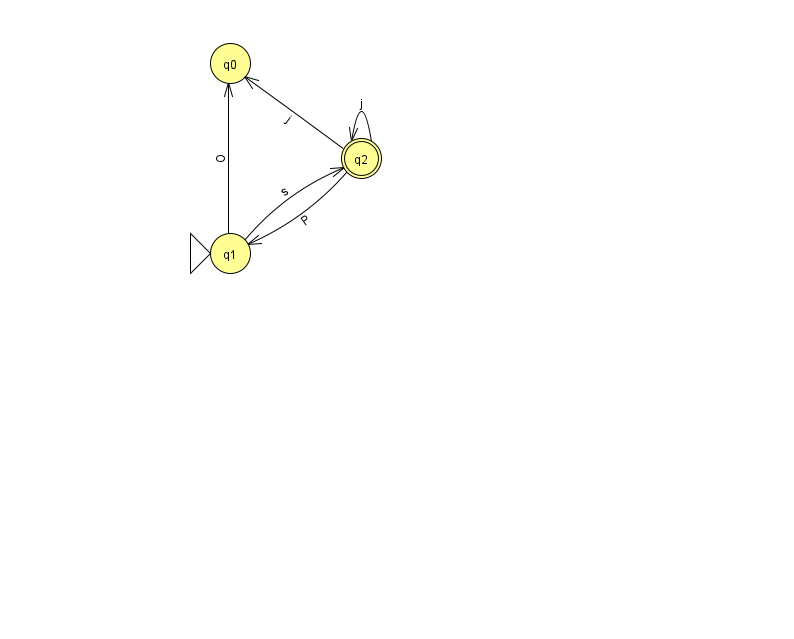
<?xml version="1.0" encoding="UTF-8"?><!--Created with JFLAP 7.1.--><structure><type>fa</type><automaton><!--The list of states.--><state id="0" name="q0"><x>230.0</x><y>50.0</y></state><state id="1" name="q1"><x>230.0</x><y>240.0</y><initial/></state><state id="2" name="q2"><x>361.0</x><y>145.0</y><final/></state><!--The list of transitions.--><transition><from>1</from><to>2</to><read>s</read></transition><transition><from>2</from><to>1</to><read>P</read></transition><transition><from>2</from><to>0</to><read>j</read></transition><transition><from>2</from><to>2</to><read>j</read></transition><transition><from>1</from><to>0</to><read>O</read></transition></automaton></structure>